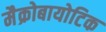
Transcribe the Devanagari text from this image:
मैक्रोबायोटिक